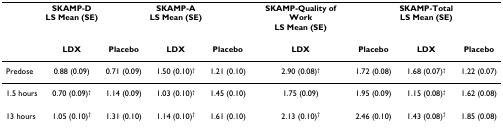
|  | SKAMP-DLS Mean (SE) |  | SKAMP-ALS Mean (SE) |  | SKAMP-Quality of WorkLS Mean (SE) |  | SKAMP-TotalLS Mean (SE) |  |
 | --- | --- | --- | --- | --- | --- | --- | --- | --- |
 |  | LDX | Placebo | LDX | Placebo | LDX | Placebo | LDX | Placebo |
 | Predose | 0.88 (0.09) | 0.71 (0.09) | 1.50 (0.10)† | 1.21 (0.10) | 2.90 (0.08)† | 1.72 (0.08) | 1.68 (0.07)† | 1.22 (0.07) |
 | 1.5 hours | 0.70 (0.09)† | 1.14 (0.09) | 1.03 (0.10)† | 1.45 (0.10) | 1.75 (0.09) | 1.95 (0.09) | 1.15 (0.08)† | 1.62 (0.08) |
 | 13 hours | 1.05 (0.10)† | 1.31 (0.10) | 1.14 (0.10)† | 1.61 (0.10) | 2.13 (0.10)† | 2.46 (0.10) | 1.43 (0.08)† | 1.85 (0.08) |